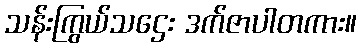
သန်းကြွယ်သဌေး ဒက်ဇာပါတကား။